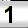
Digit: 1